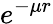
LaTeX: e^{-\mu r}